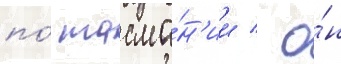
по́ тасма́н'ии / о́н